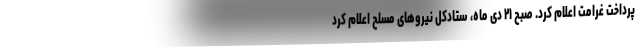
پرداخت غرامت اعلام کرد. صبح ۲۱ دی ماه، ستادکل نیروهای مسلح اعلام کرد